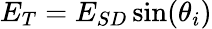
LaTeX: E_{T}=E_{SD}\sin(\theta_{i})